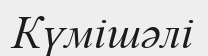
Күмішәлі